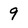
Character: 9